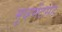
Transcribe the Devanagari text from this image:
मूव्हमेंटसह